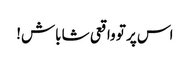
اس پر تو واقعی شاباش!